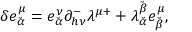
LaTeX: \delta e _ { \breve { \alpha } } ^ { \mu } = e _ { \breve { \alpha } } ^ { \nu } \partial _ { h \nu } ^ { - } \lambda ^ { \mu + } + \lambda _ { \breve { \alpha } } ^ { \breve { \beta } } e _ { \breve { \beta } } ^ { \mu } ,